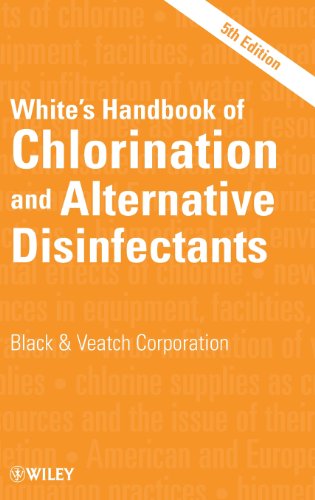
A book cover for White's Handbook of Chlorination and Alternative Disinfectants; Black & Veatch Corporation; Science & Math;